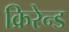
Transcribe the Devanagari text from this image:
क्रिरेन्ड